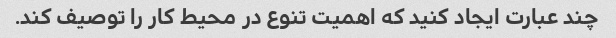
چند عبارت ایجاد کنید که اهمیت تنوع در محیط کار را توصیف کند.